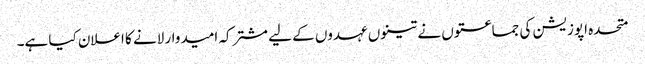
متحدہ اپوزیشن کی جماعتوں نے تینوں عہدوں کے لیے مشترکہ امیدوار لانے کا اعلان کیا ہے۔